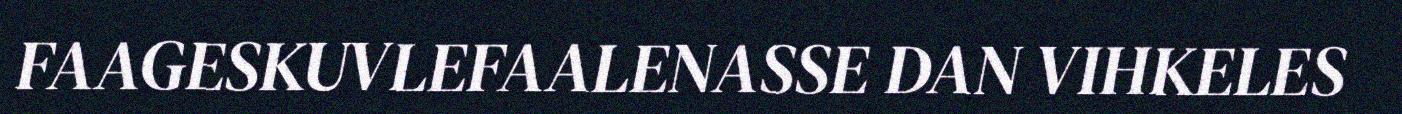
FAAGESKUVLEFAALENASSE DAN VIHKELES